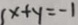
x + y = - 1